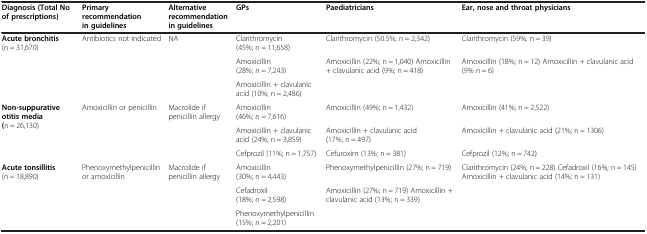
| Diagnosis (Total No of prescriptions) | Primary recommendation in guidelines | Alternative recommendation in guidelines | GPs | Paediatricians | Ear, nose and throat physicians |
 | --- | --- | --- | --- | --- | --- |
 | Acute bronchitis (n = 31,670) | Antibiotics not indicated | NA | Clarithromycin (45%; n = 11,658) | Clarithromycin (50.5%; n = 2,342) | Clarithromycin (59%; n = 39) |
 |  |  |  | Amoxicillin (28%; n = 7,243) | Amoxicillin (22%; n = 1,040) Amoxicillin + clavulanic acid (9%; n = 418) | Amoxicillin (18%; n = 12) Amoxicillin + clavulanic acid (9% n = 6) |
 |  |  |  | <COLSPAN=3> Amoxicillin + clavulanic acid (10%; n = 2,486) |
 | Non-suppurative otitis media ( n = 26,130) | Amoxicillin or penicillin | Macrolide if penicillin allergy | Amoxicillin (46%; n = 7,616) | Amoxicillin (49%; n = 1,432) | Amoxicillin (41%; n = 2,522) |
 |  |  |  | Amoxicillin + clavulanic acid (24%; n = 3,859) | Amoxicillin + clavulanic acid (17%; n = 497) | Amoxicillin + clavulanic acid (21%; n = 1306) |
 |  |  |  | Cefprozil (11%; n = 1,757) | Cefuroxim (13%; n = 381) | Cefprozil (12%; n = 742) |
 | Acute tonsillitis (n = 18,890) | Phenoxymethylpenicillin or amoxicillin | Macrolide if penicillin allergy | Amoxicillin (30%; n = 4,443) | Phenoxymethylpenicillin (27%; n = 719) | Clarithromycin (24%; n = 228) Cefadroxil (16%; n = 145) Amoxicillin + clavulanic acid (14%; n = 131) |
 |  |  |  | Cefadroxil (18%; n = 2,598) | Amoxicillin (27%; n = 719) Amoxicillin + clavulanic acid (13%; n = 339) |  |
 |  |  |  | <COLSPAN=3> Phenoxymethylpenicillin (15%; n = 2,201) |